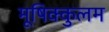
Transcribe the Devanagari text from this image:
मूषिक्कुलम